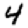
Digit: 4